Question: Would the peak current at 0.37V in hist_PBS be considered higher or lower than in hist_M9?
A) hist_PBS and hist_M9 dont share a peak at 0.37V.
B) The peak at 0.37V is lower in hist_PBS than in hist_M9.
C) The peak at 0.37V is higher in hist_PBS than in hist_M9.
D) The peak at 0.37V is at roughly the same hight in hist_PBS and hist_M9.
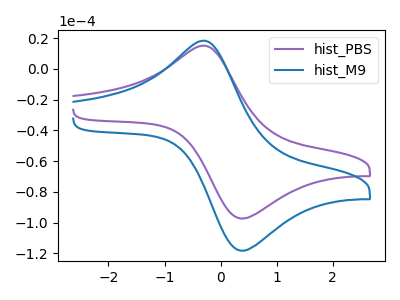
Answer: <think>The purple curve "hist_PBS" has an anodic peak at (-0.30V, 15.05uA) and a cathodic peak at (0.35V, -97.35uA). The blue curve "hist_M9" has an anodic peak at (-0.30V, 18.30uA) and a cathodic peak at (0.35V, -118.25uA).</think>
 <answer>B) The peak at 0.37V is lower in "hist_PBS" than in "hist_M9".</answer>
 <eval>B</eval>